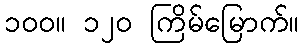
၁၀၀။ ၁၂၀ ကြိမ်မြောက်။